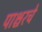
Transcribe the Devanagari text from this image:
पाश्चरचे